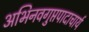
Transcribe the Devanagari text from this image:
अभिनवगुप्तपादाचार्य